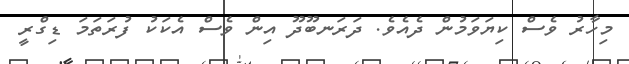
މިހާރު ވެސް ކިޔަވަމުން ދެއެވެ. ދަރަނބޫދޫ އިން ވެސް އެކަކު ފުރަތަމަ ޑިގްރީ